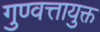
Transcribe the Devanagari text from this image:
गुण्वत्तायुक्त